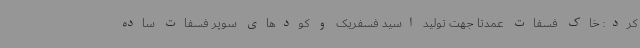
کرد: خاک فسفات عمدتاً جهت تولید اسید فسفریک و کودهای سوپر فسفات ساده